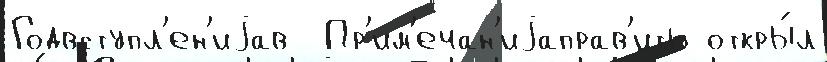
Годвступл'ен'иjав  Пр'им'ечан'иjаправ'ить откры́л